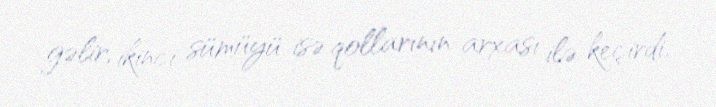
gəlir, ikinci sümüyü isə qollarının arxası ilə keçirdi.